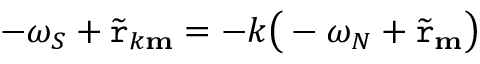
- \omega _ { S } + \widetilde { \mathtt { r } } _ { k \mathbf { m } } = - k \big ( - \omega _ { N } + \widetilde { \mathtt { r } } _ { \mathbf { m } } \big )